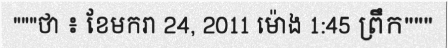
"""ថា ៖ ខែមករា 24, 2011 ម៉ោង 1:45 ព្រឹក"""